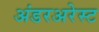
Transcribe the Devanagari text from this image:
अंडरअरेस्ट